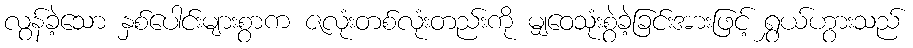
လွန်ခဲ့သော နှစ်ပေါင်းများစွာက ဇလုံးတစ်လုံးတည်းကို မျှဝေသုံးစွဲခဲ့ခြင်းအားဖြင့် ရွှယ်ဟွားသည်